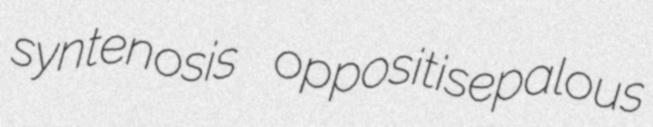
syntenosis oppositisepalous